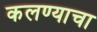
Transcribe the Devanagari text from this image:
कलण्याचा